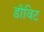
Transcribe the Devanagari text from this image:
डीविट